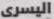
اليسرى